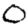
Digit: 0